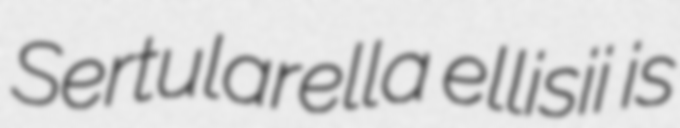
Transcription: Sertularella ellisii is